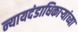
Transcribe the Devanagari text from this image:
न्यायदंडाधिकार्‍यांच्या